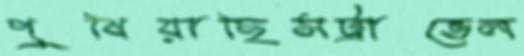
পুষিয়াছিসট্রাভেল